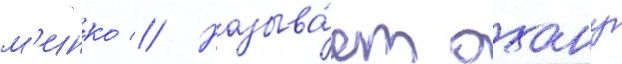
м'инко // Называ́ет охану